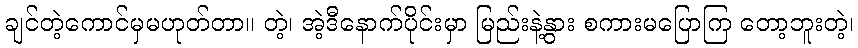
ချင်တဲ့ကောင်မှမဟုတ်တာ။ တဲ့၊ အဲ့ဒီနောက်ပိုင်းမှာ မြည်းနဲ့နွား စကားမပြောကြ တော့ဘူးတဲ့၊